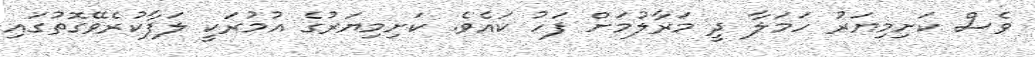
ވެސް ކަށިމިޔަރު ހަމަލާ ދީ މަރާލުމަށް ފަހު ކައެވެ. ކަށިމިޔަރުގެ އުމުރަކީ ލަފާކުރެވޭގޮތުގައި